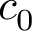
c _ { 0 }